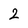
Character: 2